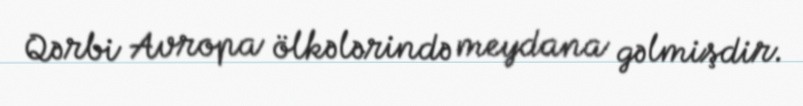
Qərbi Avropa ölkələrində meydana gəlmişdir.